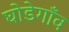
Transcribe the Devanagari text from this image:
घोडेगाँव